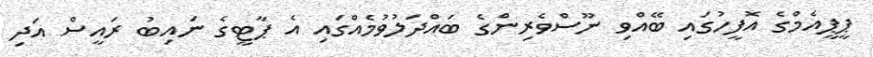
ޕީޕީއެމްގެ އޮފީހުގައި ބޭއްވި ނޫސްވެރިންގެ ބައްދަލުވުމެއްގައި އެ ޕާޓީގެ ނައިބު ރައީސް އަދި